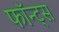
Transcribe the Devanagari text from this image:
फॉन्‍ट्स